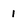
Character: 1